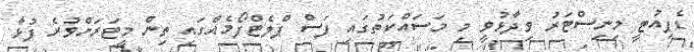
ޑެޕިއުޓީ މިނިސްޓަރު ވިދާޅުވީ މި މަސައްކަތުގައި ފަސް ޕްލެޓްފޯމެއްގައި ތިން މީޓަރަށްވުރެ ފުޅާ